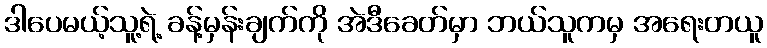
ဒါပေမယ့်သူ့ရဲ့ ခန့်မှန်းချက်ကို အဲဒီခေတ်မှာ ဘယ်သူကမှ အရေးတယူ